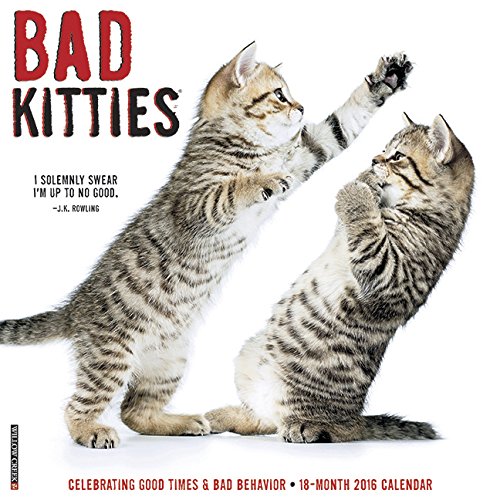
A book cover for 2016 Bad Kitties Wall Calendar; Willow Creek Press; Calendars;